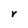
Character: r